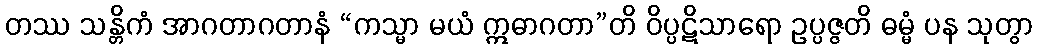
တဿ သန္တိကံ အာဂတာဂတာနံ “ကသ္မာ မယံ ဣဓာဂတာ”တိ ဝိပ္ပဋိသာရော ဥပ္ပဇ္ဇတိ ဓမ္မံ ပန သုတွာ